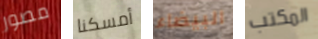
مصور أمسكنا البيضاء المكتب